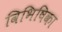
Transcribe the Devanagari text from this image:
विभिषिका